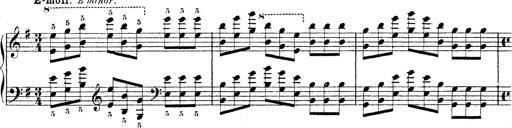
Title: Technische Studien
Composer: Franz Liszt